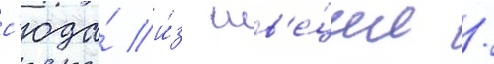
с'юда́ и́з шв'е́ции /